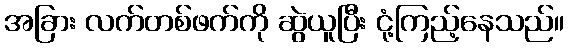
အခြား လက်တစ်ဖက်ကို ဆွဲယူပြီး ငုံ့ကြည့်နေသည်။